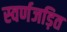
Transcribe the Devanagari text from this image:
स्‍वर्णजड़ित